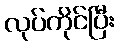
လုပ်ကိုင်ပြီး